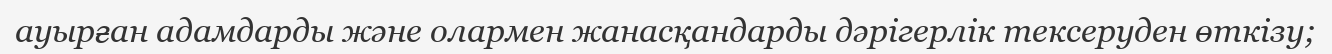
ауырған адамдарды және олармен жанасқандарды дәрігерлік тексеруден өткізу;